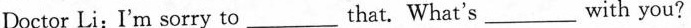
Doctor Li:I'm sorry to_________that. What's_________with you?